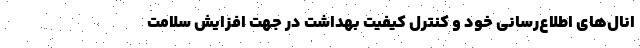
انال‌های اطلاع‌رسانی خود و کنترل کیفیت بهداشت در جهت افزایش سلامت